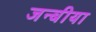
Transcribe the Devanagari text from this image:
जन्बीया